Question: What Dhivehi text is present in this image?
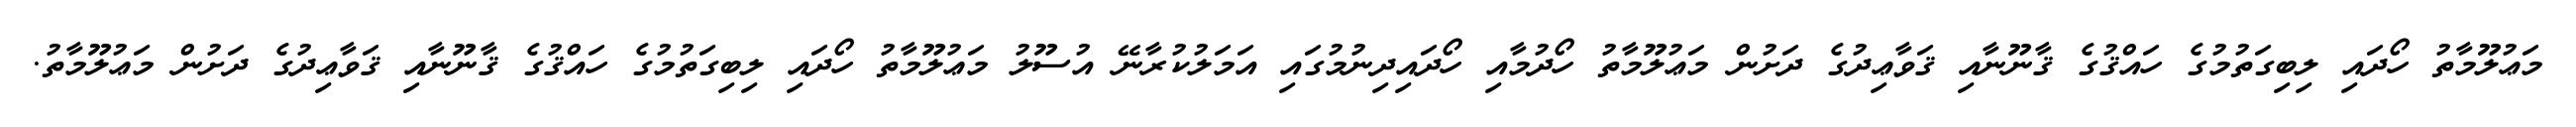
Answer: މަޢުލޫމާތު ހޯދައި ލިބިގަތުމުގެ ހައްޤުގެ ޤާނޫނާއި ޤަވާޢިދުގެ ދަށުން މަޢުލޫމާތު ހޯދުމާއި ހޯދައިދިނުމުގައި އަމަލުކުރާނޭ އުސޫލު މަޢުލޫމާތު ހޯދައި ލިބިގަތުމުގެ ހައްޤުގެ ޤާނޫނާއި ޤަވާޢިދުގެ ދަށުން މަޢުލޫމާތު.